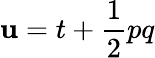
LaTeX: \mathbf{u}=t+{\frac{{1}}{{2}}}pq